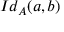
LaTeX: I d _ { A } ( a , b )